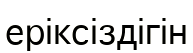
еріксіздігін